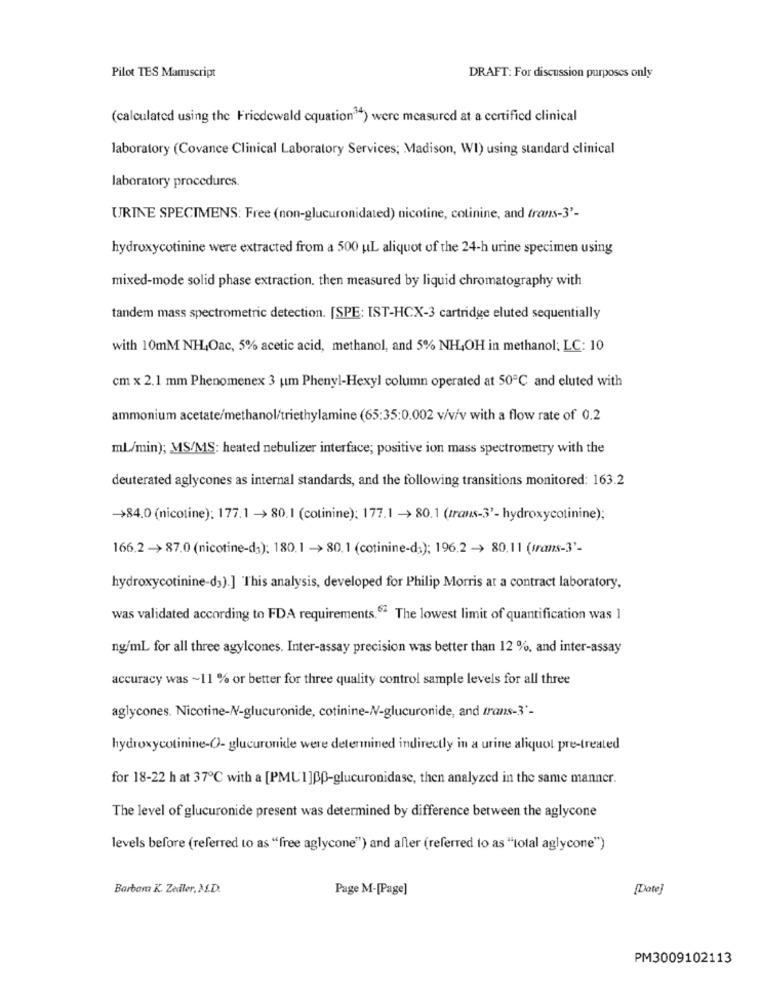
Pilot TES Manuscript
DRAFT: For discussion purposes only
(calculated using the Friedewald equation34) were measured at a certified clinical
laboratory (Covance Clinical Laboratory Services; Madison, WI) using standard clinical
laboratory procedures.
URINE SPECIMENS: Free (non-glucuronidated) nicotine, cotinine, and trans-3'-
hydroxycotinine were extracted from a 500 uL aliquot of the 24-h urine specimen using
mixed-mode solid phase extraction. then measured by liquid chromatography with
tandem mass spectrometric detection. [SPE: IST-HCX-3 cartridge eluted sequentially
with 10mM NH,Oac, 5% acetic acid, methanol, and 5% NH,OH in methanol; LC: 10
cm x 2.1 mm Phenomenex 3 um Phenyl-Hexyl column operated at 50℃ and eluted with
ammonium acetate/methanol/triethylamine (65:35:0.002 v/v/v with a flow rate of 0.2
mL/min); MS/MS: heated nebulizer interface; positive ion mass spectrometry with the
deuterated aglycones as internal standards, and the following transitions monitored: 163.2
->84.0 (nicotine): 177.1 -> 80.1 (colinine): 177.1 -> 80.1 (trans-3'- hydroxycotinine);
166.2 -> 87.0 (nicotine-da): 180.1 -> 80.1 (cotinine-d;); 196.2 -> 80.11 (trans-3'-
hydroxycotinine-d3).] This analysis, developed for Philip Morris at a contract laboratory,
was validated according to FDA requirements.6ª The lowest limit of quantification was 1
ng/ml for all three agylcones. Inter-assay precision was better than 12 %, and inter-assay
accuracy was ~11 % or better for three quality control sample levels for all three
aglycones. Nicotine-N-glucuronide, cotinine-N-glucuronide, and trans-3'-
hydroxycotinine-O- glucuronide were determined indirectly in a urine aliquot pre-treated
for 18-22 h at 37℃ with a [PMU 1]Bp-glucuronidase, then analyzed in the same manner.
The level of glucuronide present was determined by difference between the aglycone
levels before (referred to as "free aglycone") and after (referred to as ""total aglycone")
Barbam K. Zedler, M.D.
Page M-[Page]
[Date]
PM3009102113